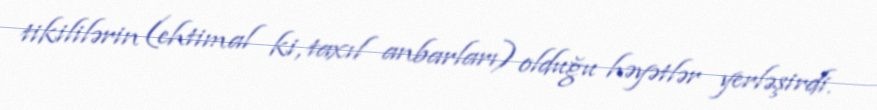
tikililərin (ehtimal ki, taxıl anbarları) olduğu həyətlər yerləşirdi.